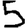
Digit: 5